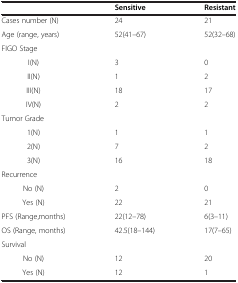
|  | Sensitive | Resistant |
 | --- | --- | --- |
 | Cases number (N) | 24 | 21 |
 | Age (range, years) | 52(41–67) | 52(32–68) |
 | FIGO Stage |  |  |
 | I(N) | 3 | 0 |
 | II(N) | 1 | 2 |
 | III(N) | 18 | 17 |
 | IV(N) | 2 | 2 |
 | Tumor Grade |  |  |
 | 1(N) | 1 | 1 |
 | 2(N) | 7 | 2 |
 | 3(N) | 16 | 18 |
 | Recurrence |  |  |
 | No (N) | 2 | 0 |
 | Yes (N) | 22 | 21 |
 | PFS (Range,months) | 22(12–78) | 6(3–11) |
 | OS (Range, months) | 42.5(18–144) | 17(7–65) |
 | Survival |  |  |
 | No (N) | 12 | 20 |
 | Yes (N) | 12 | 1 |